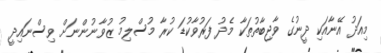
މިއަދު އޭނާއަކި ދީނުގެ ވާޖިބާތުތަކާ މެދު ފަރުވާކުޑަ ކުރާ މުސްލިމު ޒުވާނުންނަށް ވިސްނައިދީ